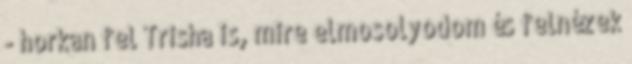
- horkan fel Trisha is, mire elmosolyodom és felnézek